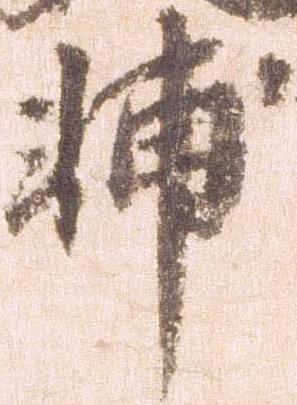
輔